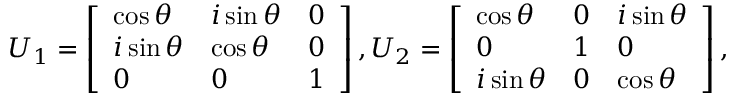
U _ { 1 } = \left[ \begin{array} { l l l } { \cos \theta } & { i \sin \theta } & { 0 } \\ { i \sin \theta } & { \cos \theta } & { 0 } \\ { 0 } & { 0 } & { 1 } \end{array} \right] , U _ { 2 } = \left[ \begin{array} { l l l } { \cos \theta } & { 0 } & { i \sin \theta } \\ { 0 } & { 1 } & { 0 } \\ { i \sin \theta } & { 0 } & { \cos \theta } \end{array} \right] ,